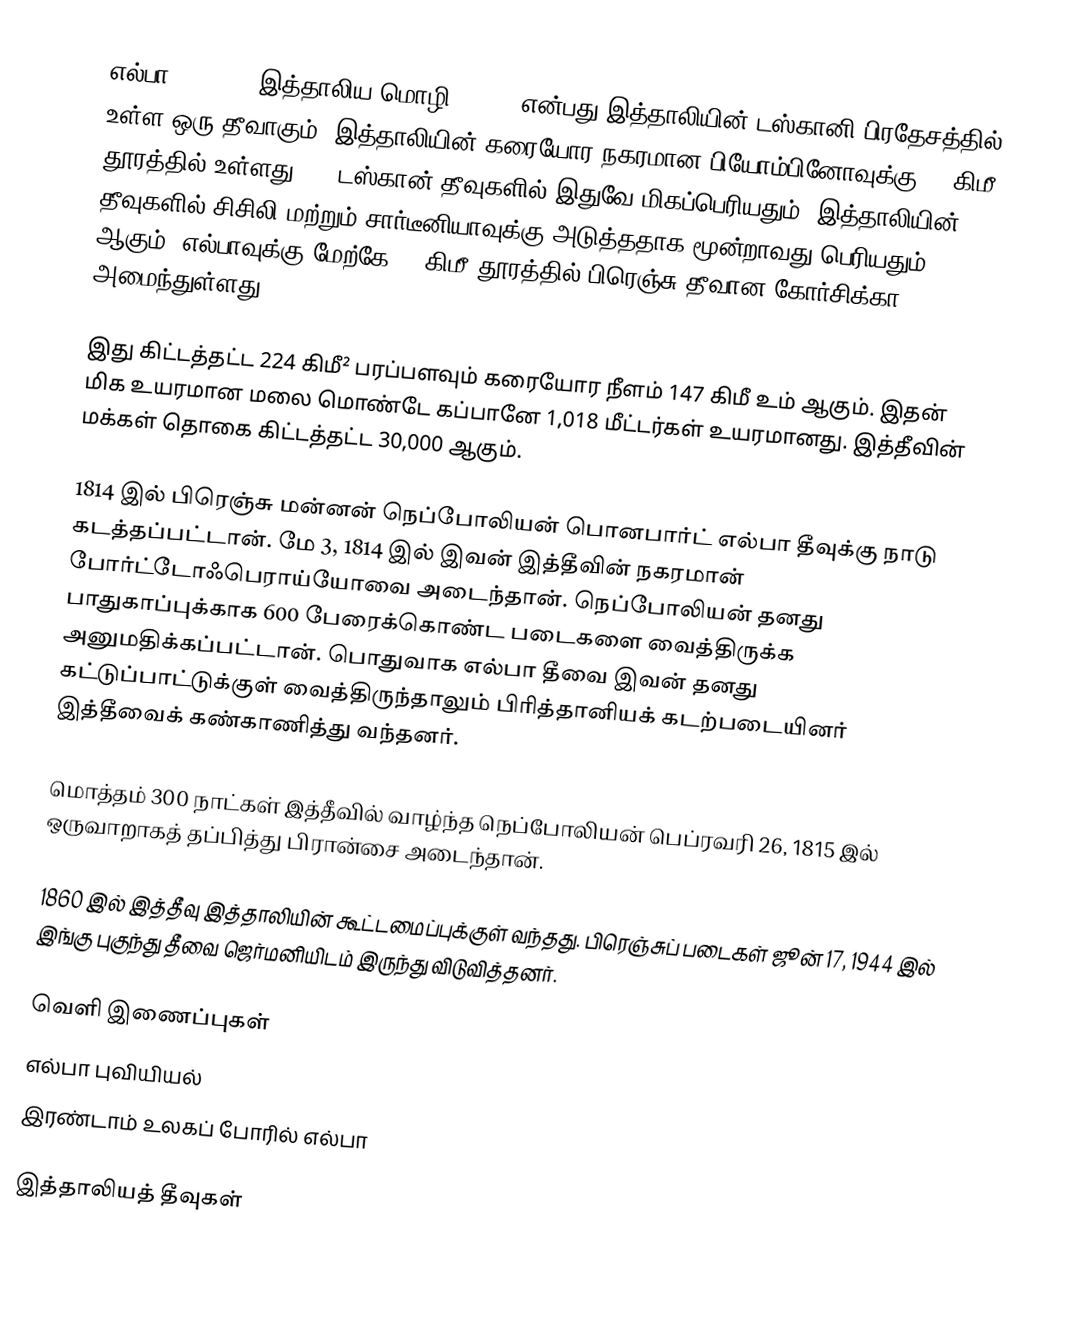
எல்பா (Elba'', இத்தாலிய மொழி: Ilva) என்பது இத்தாலியின் டஸ்கானி பிரதேசத்தில் உள்ள ஒரு தீவாகும். இத்தாலியின் கரையோர நகரமான பியோம்பினோவுக்கு 20 கிமீ தூரத்தில் உள்ளது (). டஸ்கான் தீவுகளில் இதுவே மிகப்பெரியதும், இத்தாலியின் தீவுகளில் சிசிலி மற்றும் சார்டீனியாவுக்கு அடுத்ததாக மூன்றாவது பெரியதும் ஆகும். எல்பாவுக்கு மேற்கே 50 கிமீ தூரத்தில் பிரெஞ்சு தீவான கோர்சிக்கா அமைந்துள்ளது.

இது கிட்டத்தட்ட 224 கிமீ² பரப்பளவும் கரையோர நீளம் 147 கிமீ உம் ஆகும். இதன் மிக உயரமான மலை மொண்டே கப்பானே 1,018 மீட்டர்கள் உயரமானது. இத்தீவின் மக்கள் தொகை கிட்டத்தட்ட 30,000 ஆகும்.

1814 இல் பிரெஞ்சு மன்னன் நெப்போலியன் பொனபார்ட் எல்பா தீவுக்கு நாடு கடத்தப்பட்டான். மே 3, 1814 இல் இவன் இத்தீவின் நகரமான் போர்ட்டோஃபெராய்யோவை அடைந்தான். நெப்போலியன் தனது பாதுகாப்புக்காக 600 பேரைக்கொண்ட படைகளை வைத்திருக்க அனுமதிக்கப்பட்டான். பொதுவாக எல்பா தீவை இவன் தனது கட்டுப்பாட்டுக்குள் வைத்திருந்தாலும் பிரித்தானியக் கடற்படையினர் இத்தீவைக் கண்காணித்து வந்தனர்.

மொத்தம் 300 நாட்கள் இத்தீவில் வாழ்ந்த நெப்போலியன் பெப்ரவரி 26, 1815 இல் ஒருவாறாகத் தப்பித்து பிரான்சை அடைந்தான்.

1860 இல் இத்தீவு இத்தாலியின் கூட்டமைப்புக்குள் வந்தது. பிரெஞ்சுப் படைகள் ஜூன் 17, 1944 இல் இங்கு புகுந்து தீவை ஜெர்மனியிடம் இருந்து விடுவித்தனர்.

வெளி இணைப்புகள்
 எல்பா புவியியல்
 இரண்டாம் உலகப் போரில் எல்பா

இத்தாலியத் தீவுகள்